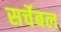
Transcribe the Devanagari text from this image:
सर्चेबल